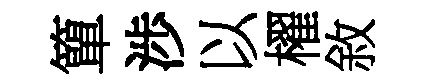
簞渉以櫂敘